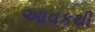
આવકથી